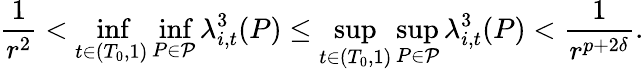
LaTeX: \frac{1}{r^{2}}<\operatorname*{inf}_{t\in(T_{0},1)}\operatorname*{inf}_{P\in\mathcal{P}}\lambda_{i,t}^{3}(P)\leq\operatorname*{sup}_{t\in(T_{0},1)}\operatorname*{sup}_{P\in\mathcal{P}}\lambda_{i,t}^{3}(P)<\frac{1}{r^{p+2\delta}}.